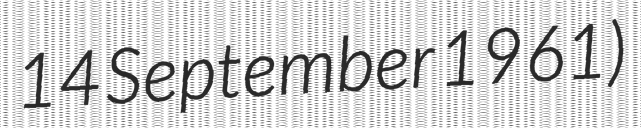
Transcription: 14 September 1961)